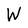
Character: W